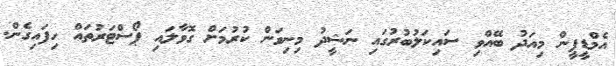
އެމްޑީޕީން މިއަދު ބޭއްވި ސައިކަލުބުރުގައި ނަޝީދު މިނިވަން ކުރުމަށް ގޮވާލައި ޕޯސްޓަރުތައް ހިފައިގެން.